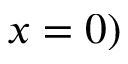
x = 0 )